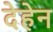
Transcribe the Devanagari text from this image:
देहेन